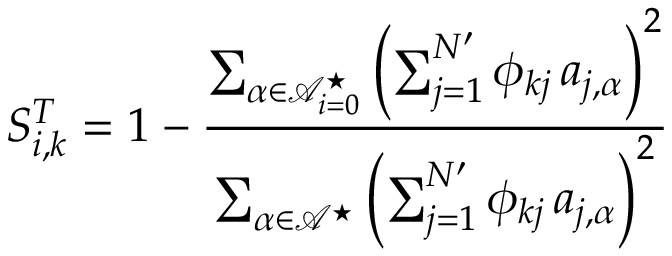
S _ { i , k } ^ { T } = 1 - \frac { \sum _ { \boldsymbol { \alpha } \in \mathcal { A } _ { i = 0 } ^ { \star } } \left( \sum _ { j = 1 } ^ { N ^ { \prime } } \phi _ { k j } \, a _ { j , \boldsymbol { \alpha } } \right) ^ { 2 } } { \sum _ { \boldsymbol { \alpha } \in \mathcal { A } ^ { \star } } \left( \sum _ { j = 1 } ^ { N ^ { \prime } } \phi _ { k j } \, a _ { j , \boldsymbol { \alpha } } \right) ^ { 2 } }